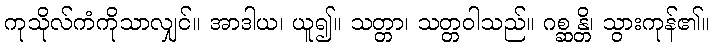
ကုသိုလ်ကံကိုသာလျှင်။ အာဒါယ၊ ယူ၍။ သတ္တာ၊ သတ္တဝါသည်။ ဂစ္ဆန္တိ၊ သွားကုန်၏။